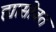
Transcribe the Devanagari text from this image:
ह्यासोबत